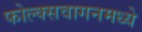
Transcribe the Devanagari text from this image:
फोल्क्सवागनमध्ये